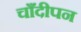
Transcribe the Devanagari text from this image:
चाँदीपन